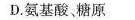
D.氨基酸。糖原